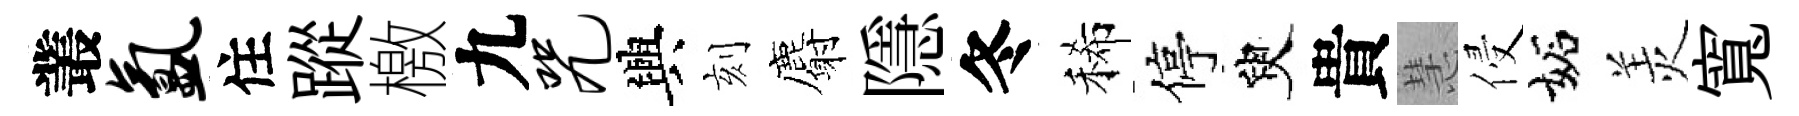
叢氲住蹤檄九咒興刻麝隱冬稀停臾貴慧侵妬羙寬